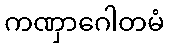
ကဏှာဂေါတမံ